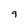
Character: 9